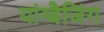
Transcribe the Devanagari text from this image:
यांग्बैजिंग